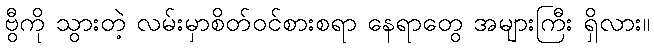
ဗွီကို သွားတဲ့ လမ်းမှာစိတ်ဝင်စားစရာ နေရာတွေ အများကြီး ရှိလား။